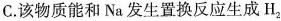
C.该物质能和Na发生置换反应生成H_{2}